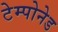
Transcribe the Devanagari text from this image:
टेम्पोनेड